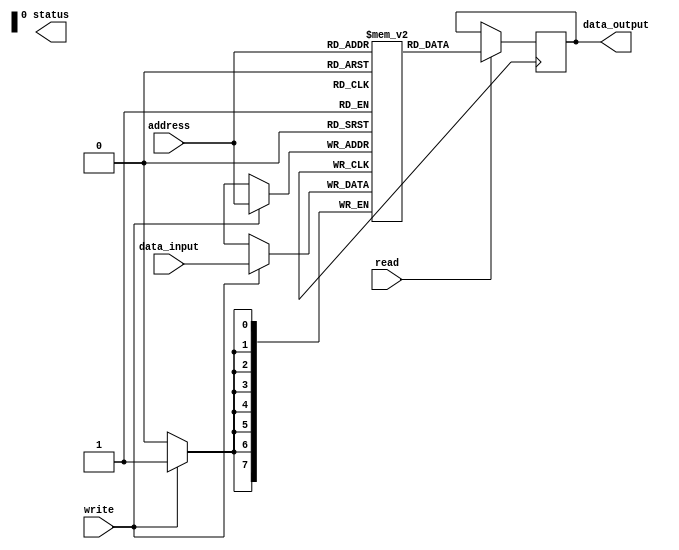
module MemoryBlocks_RLDRAM (

input [7:0] address,
input read,
input write,
input [7:0] data_input,

output reg [7:0] data_output,
output reg status

);

reg [7:0] memory_block [0:255];

always @ (posedge clock) begin
    if (read) begin
        data_output <= memory_block[address];
    end
    if (write) begin
        memory_block[address] <= data_input;
    end
end

endmodule